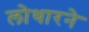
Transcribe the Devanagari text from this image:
लोथारने